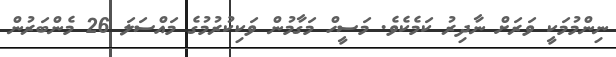
ނިންމުމަކީ ވަރަށް ނާދިރު ކަމެކެވެ. މަސީހް މަގާމުން ވަކިކުރުމުގެ މައްސަލަ 26 މެންބަރުން